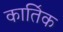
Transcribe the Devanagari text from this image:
काति॔क